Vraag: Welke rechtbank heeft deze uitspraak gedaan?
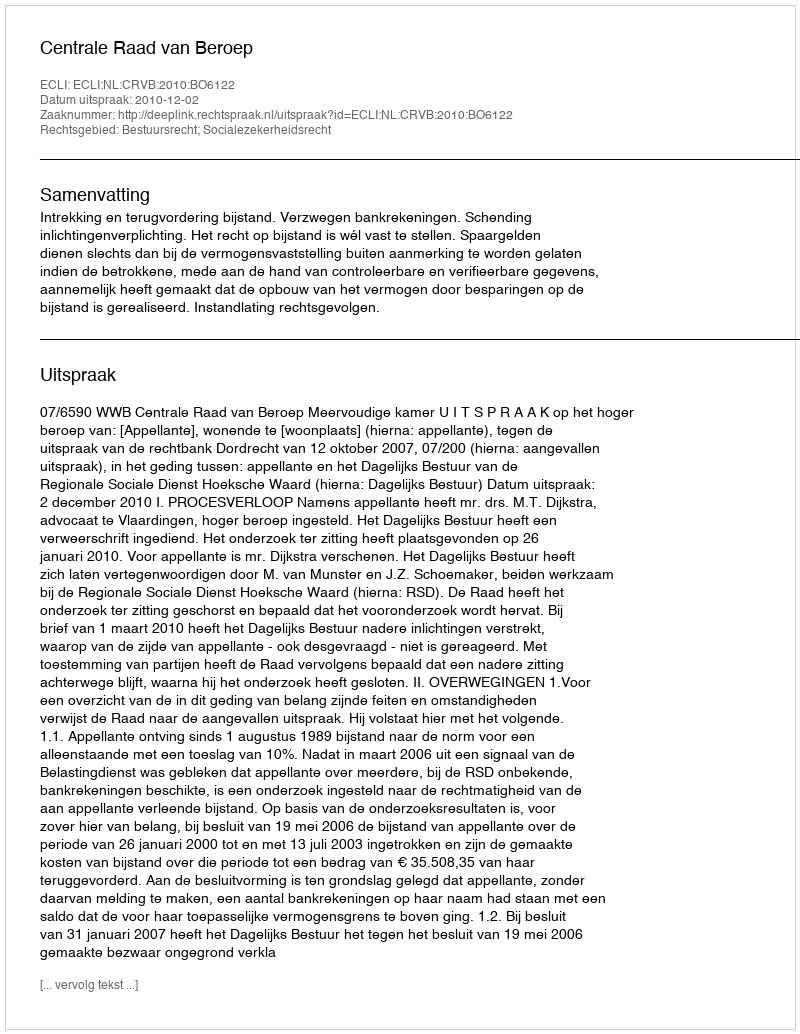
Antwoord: Centrale Raad van Beroep